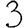
Digit: 3